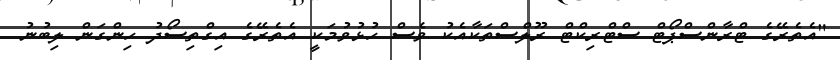
"އެތެރޭގެ ޓްރާންސްޕޯޓް ސްޓްރިކްޓް ރޫލްސްތަކާއެކު ވެސް ހުޅުވުމަކީ އެތެރޭގެ އިގްތިސޯދު ހިންގަން ލިބުނު